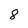
Character: 8